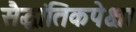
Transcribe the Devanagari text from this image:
सैद्धांतिकपेक्षा